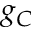
g _ { C }